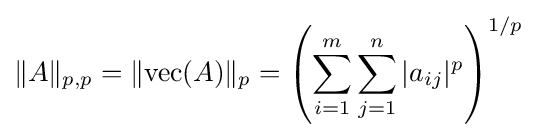
\|A\|_{p,p}=\|\mathrm {vec} (A)\|_{p}=\left(\sum _{i=1}^{m}\sum _{j=1}^{n}|a_{ij}|^{p}\right)^{1/p}